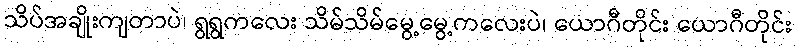
သိပ်အချိုးကျတာပဲ၊ ရွရွကလေး သိမ်သိမ်မွေ့မွေ့ကလေးပဲ၊ ယောဂီတိုင်း ယောဂီတိုင်း